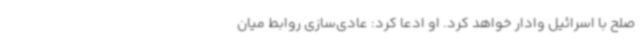
صلح با اسرائیل وادار خواهد کرد. او ادعا کرد: عادی‌سازی روابط میان